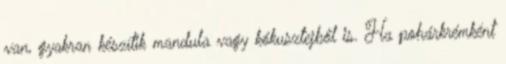
van, gyakran készítik mandula vagy kókusztejből is. Ha pohárkrémként